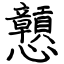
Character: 戅